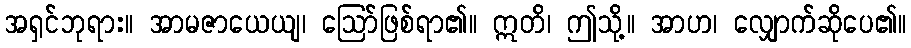
အရှင်ဘုရား။ အာမဇာယေယျ၊ ဩော်ဖြစ်ရာ၏။ ဣတိ၊ ဤသို့။ အာဟ၊ လျှောက်ဆိုပေ၏။